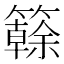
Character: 𥶭